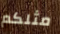
مثلكم